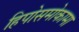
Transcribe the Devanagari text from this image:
हिपोसमोकामा